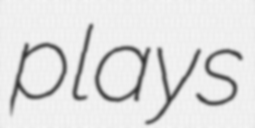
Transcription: plays